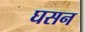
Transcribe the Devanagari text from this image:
घसन